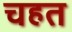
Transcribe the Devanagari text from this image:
चहत